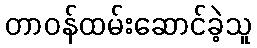
တာဝန်ထမ်းဆောင်ခဲ့သူ